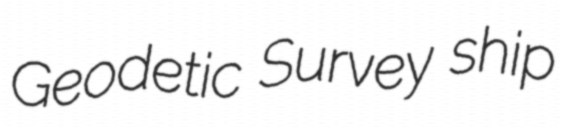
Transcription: Geodetic Survey ship